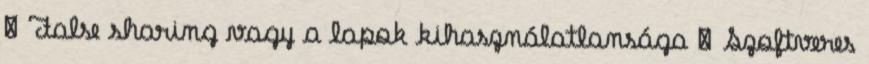
● False sharing vagy a lapok kihasználatlansága ● Szoftveres